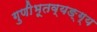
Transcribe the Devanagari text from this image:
गुणीभूतव्यङ्ग्य